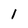
Character: l